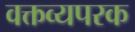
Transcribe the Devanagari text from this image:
वक्तव्यपरक